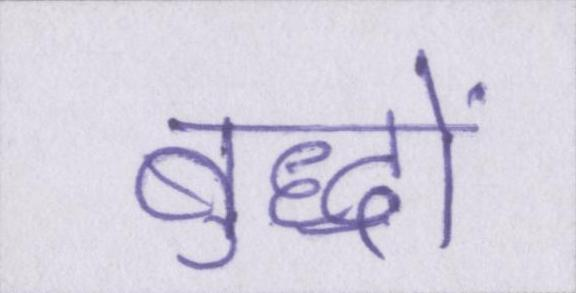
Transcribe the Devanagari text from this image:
बुद्धों